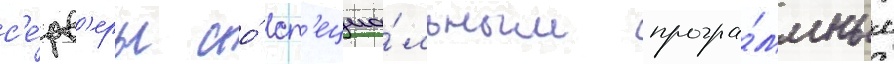
с'е́рв'еры со́ сп'ециа́льным програ́ммным